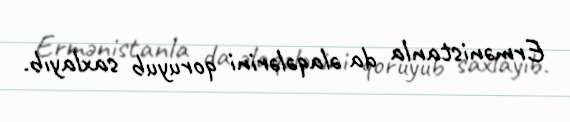
Ermənistanla da əlaqələrini qoruyub saxlayıb.